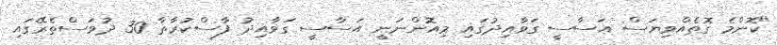
"ކޮންމެ ގޮތެއްވިޔަސް އަސާސީ ގަވާއިދުގައި މިއޮންނަނީ އަސާސީ ގަވާއިދު ފާސްކުރާތާ 30 ދުވަސްތެރޭގައި